Madras plague regulations and rules - Volume 1
Disease focus: Plague
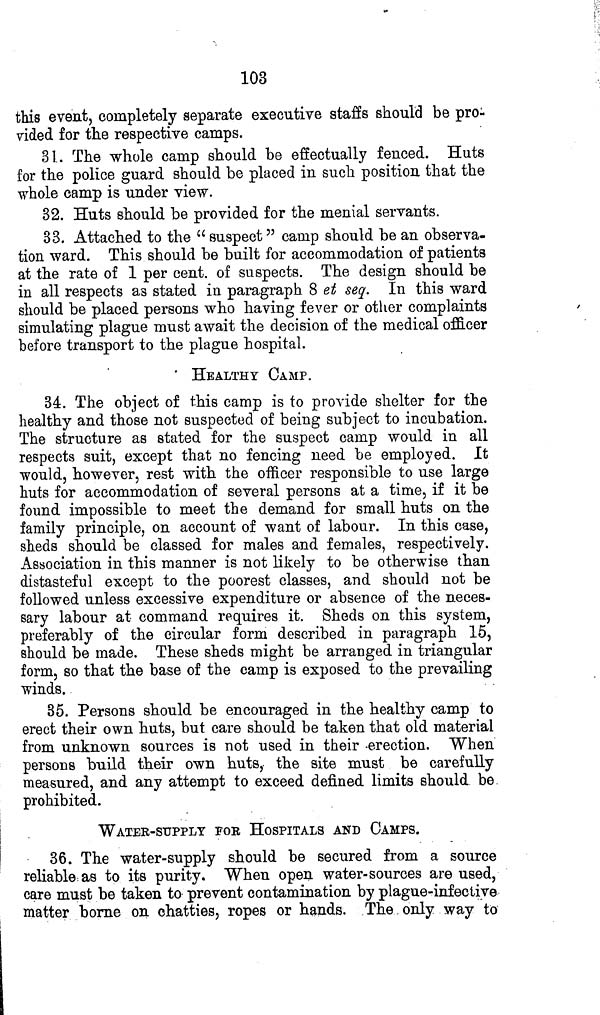
103
this event, completely separate executive staffs should be pro-
vided for the respective camps.
31. The whole camp should be effectually fenced. Huts
for the police guard should be placed in such position that the
whole camp is under view.
32. Huts should be provided for the menial servants.
33. Attached to the " suspect " camp should be an observa-
tion ward. This should be built for accommodation of patients
at the rate of 1 per cent. of suspects. The design should be
in all respects as stated in paragraph 8 et seq. In this ward
should be placed persons who having fever or other complaints
simulating plague must await the decision of the medical officer
before transport to the plague hospital.
HEALTHY CAMP.
34. The object of this camp is to provide shelter for the
healthy and those not suspected of being subject to incubation.
The structure as stated for the suspect camp would in all
respects suit, except that no fencing need be employed. It
would, however, rest with the officer responsible to use large
huts for accommodation of several persons at a time, if it be
found impossible to meet the demand for small huts on the
family principle, on account of want of labour. In this case,
sheds should be classed for males and females, respectively.
Association in this manner is not likely to be otherwise than
distasteful except to the poorest classes, and should not be
followed unless excessive expenditure or absence of the neces-
sary labour at command requires it. Sheds on this system,
preferably of the circular form described in paragraph 15,
should be made. These sheds might be arranged in triangular
form, so that the base of the camp is exposed to the prevailing
winds.
35. Persons should be encouraged in the healthy camp to
erect their own huts, but care should be taken that old material
from unknown sources is not used in their -erection. When
persons build their own huts, the site must be carefully
measured, and any attempt to exceed defined limits should be
prohibited.
WATER-SuPPLY FOE HOSPITALS AND CAMPS.
36. The water-supply should be secured from a source
reliable as to its purity. When open water-sources are used,
care must be taken to prevent contamination by plague-infective
matter borne on chatties, ropes or hands. The only way to